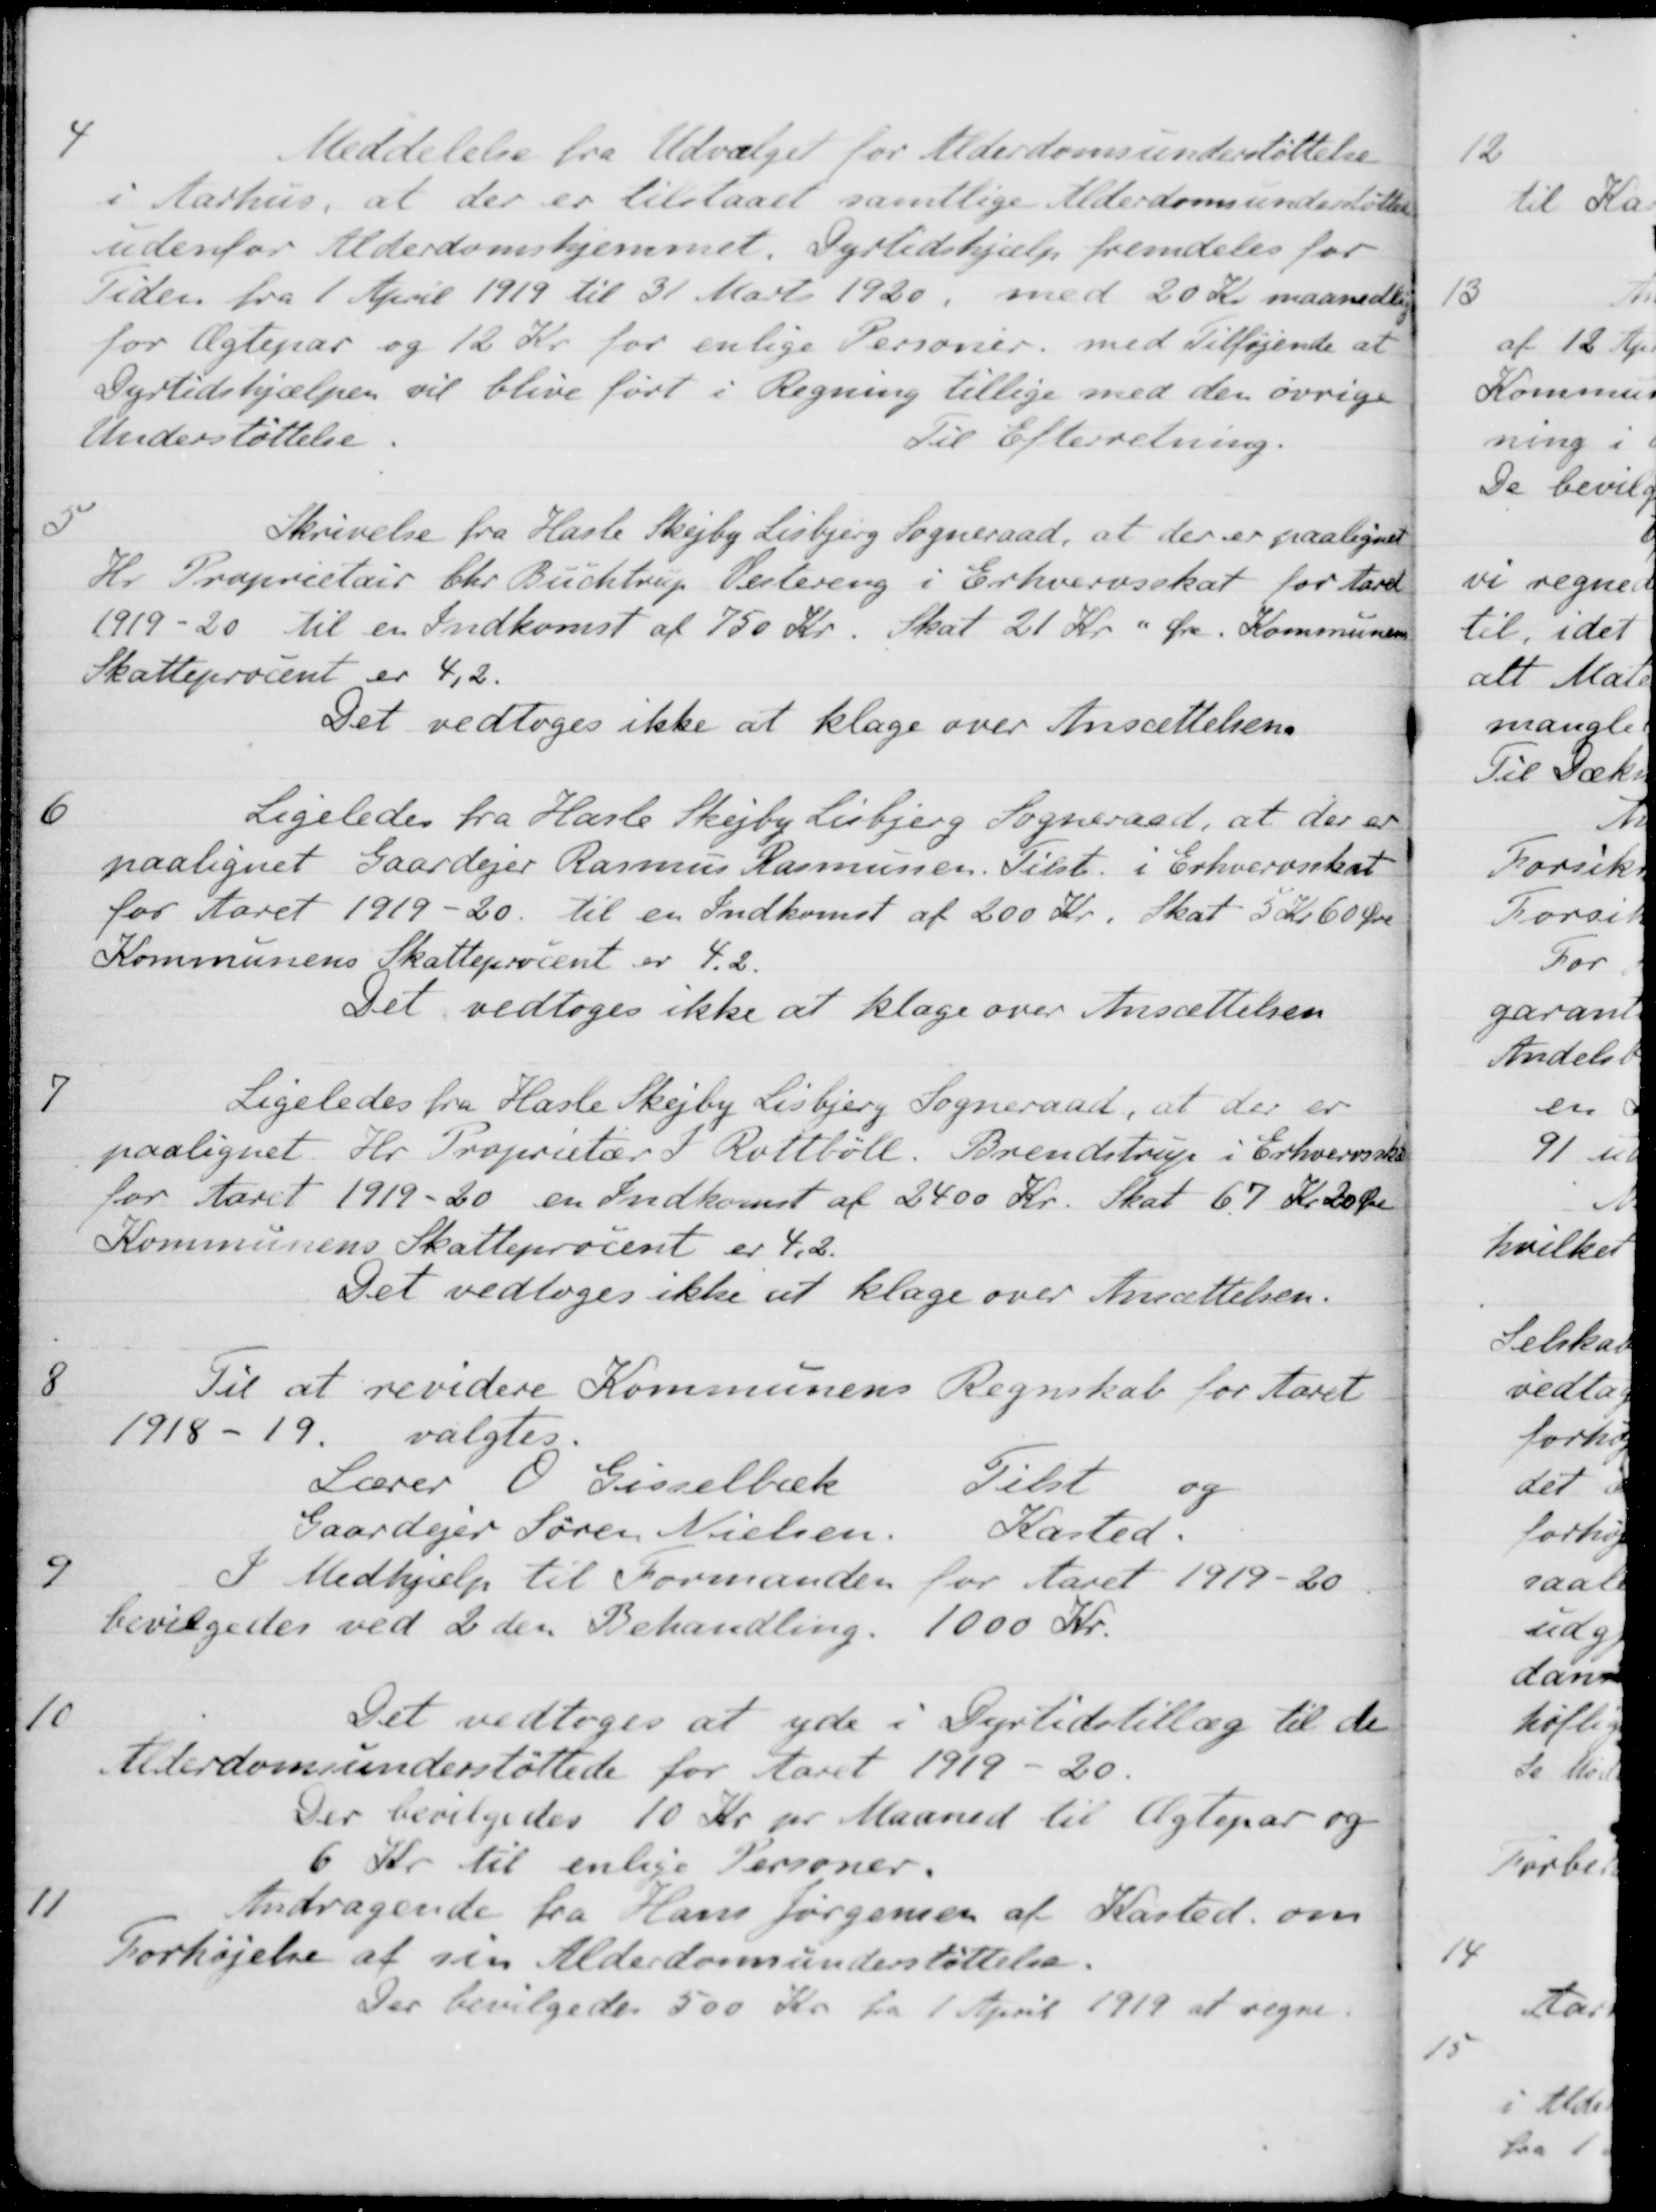
Transskription:
4
Meddelelse fra Udvalget for Alderdomsunderstøttelse
i Aarhus, at der er tilstaaet samtlige Alderdomsunderstøttede
udenfor Alderdomshjemmet. Dyrtidshjælp fremdeles for
Tiden fra 1 April 1919 til 31 Marts 1920, med 20 Kr. maanedlig
for Ægtepar og 12 Kr for enlige Personer med Tilføjende at
Dyrtidshjælpen vil blive ført i Regning tillige med den øvrige
Understøttelse
Til Efterretning.
5
Skrivelse fra Hasle Skejby Lisbjerg Sogneraad, at der er paalignet
Hr. Proprietair Chr. Buchtrup Vestereng i Erhvervsskat for Aaret
1919-20 til en Indkomst af 750 Kr. Skat 21 Kr. " Øre. Kommunen
Skatteprocent er 4,2.
Det vedtoges ikke at klage over Ansættelsens
6
Ligeledes fra Hasle Skejby Lisbjerg Sogneraad, at der er
paalignet Gaardejer Rasmus Rasmussen. Tilst. i Erhvervsskat
for Aaret 1919-20 til en Indkomst af 200 Kr. Skat 5 Kr. 60 Øre
Kommunens Skatteprocent er 4.2.
Det vedtoges ikke at klage over Ansættelsen
7
Ligeledes fra Hasle Skejby Lisbjerg Sogneraad, at der er
paalignet. Hr. Proprietær I. Rottbøll. Brendstrup i Erhvervsskat
for Aaret 1919-20 en Indkomst af 2400 Kr. Skat 67 Kr 20 Øre
Kommunens Skatteprocent er 4,2.
Det vedtoges ikke at klage over Ansættelsen.
8
Til at revidere Kommunens Regnskab for Aaret
1918 - 19
valgtes.
Lærer 0 Gisselbæk Tilst og
Gaardejer Søren Nielsen. Kasted.
9
I Medhjælp til Formanden for Aaret 1919-20
bevilgedes ved 2 den Behandling. 1000 Kr.
10
Det vedtoges at yde i Dyrtidstillæg til de
Alderdomsunderstøttede for Aaret 1919 - 20.
Der bevilgedes 10 Kr pr Maaned til Ægtepar og
6 Kr. til enlige Personer.
11
Andragende fra Hans Jørgensen af Kasted om
Forhøjelse af sin Alderdomsunderstøttelse.
Der bevilgedes 500 Kr fra 1 April 1919 at regne